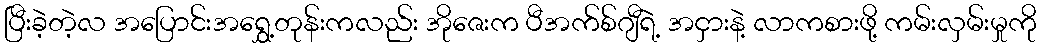
ပြီးခဲ့တဲ့လ အပြောင်းအရွှေ့တုန်းကလည်း အိုဇေးက ပီအက်စ်ဂျီရဲ့ အငှားနဲ့ လာကစားဖို့ ကမ်းလှမ်းမှုကို